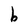
Character: b